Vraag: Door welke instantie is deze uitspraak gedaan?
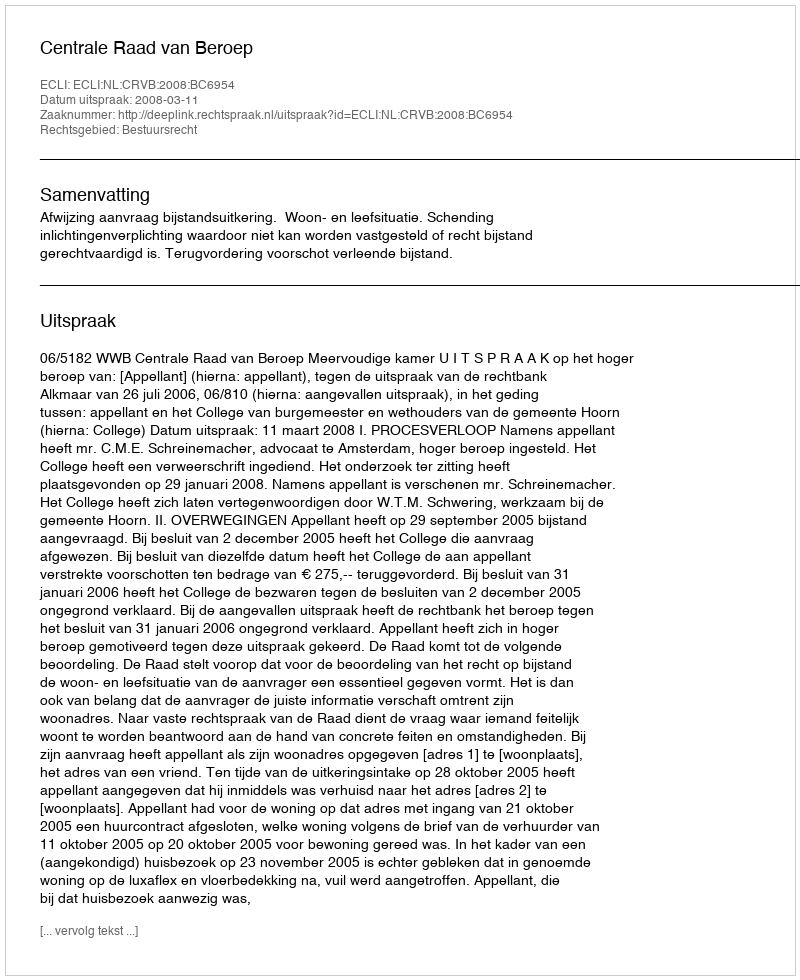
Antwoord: Centrale Raad van Beroep